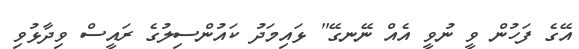
އޭގެ ފަހުން ވީ ނުވީ އެއް ނޭނގޭ" ޅައިމަދު ކައުންސިލުގެ ރައީސް ވިދާޅުވި